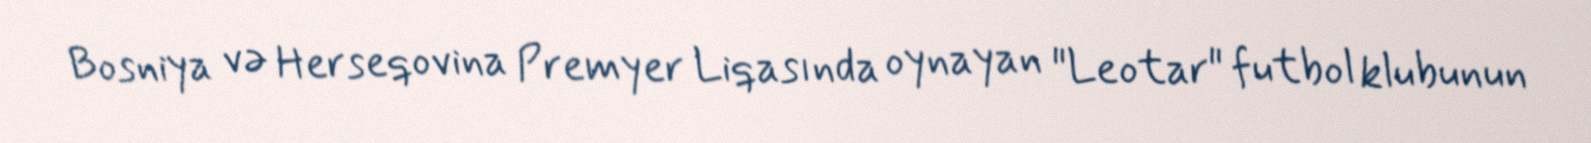
Bosniya və Herseqovina Premyer Liqasında oynayan "Leotar" futbol klubunun